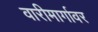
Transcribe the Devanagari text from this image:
वारीमार्गावर